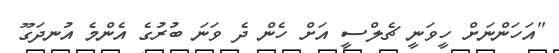
"އަހަންނަށް ހީވަނީ ޗެލްސީ އަށް ހެން ދެ ވަނަ ބުރުގެ އެންމެ އުނދަގޫ